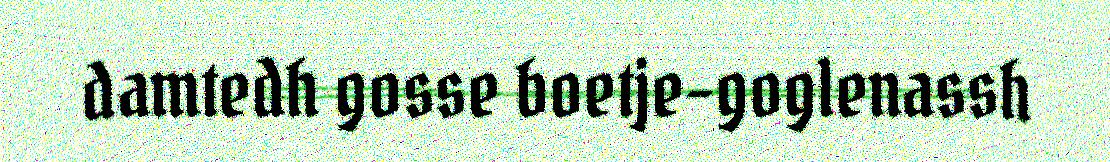
damtedh gosse boetje-goglenassh